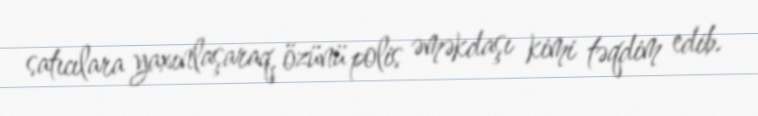
satıcılara yaxınlaşaraq, özünü polis əməkdaşı kimi təqdim edib.